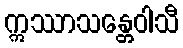
ဣဿာသန္တေဝါသီ